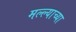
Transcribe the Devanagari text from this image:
मल्ल्याच्या